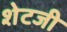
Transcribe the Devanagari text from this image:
शेटजी